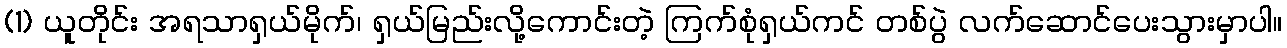
(1) ယူတိုင်း အရသာရှယ်မိုက်၊ ရှယ်မြည်းလို့ကောင်းတဲ့ ကြက်စုံရှယ်ကင် တစ်ပွဲ လက်ဆောင်ပေးသွားမှာပါ။